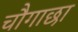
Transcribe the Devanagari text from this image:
चौगाछा